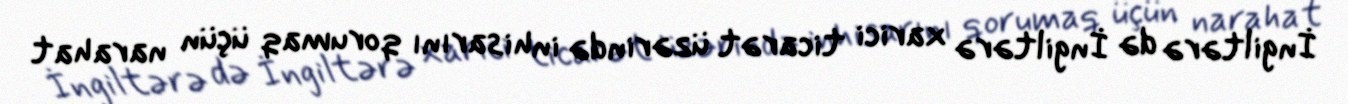
İngiltərə də İngiltərə xarici ticarət üzərində inhisarını qorumaq üçün narahat